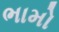
ભામો